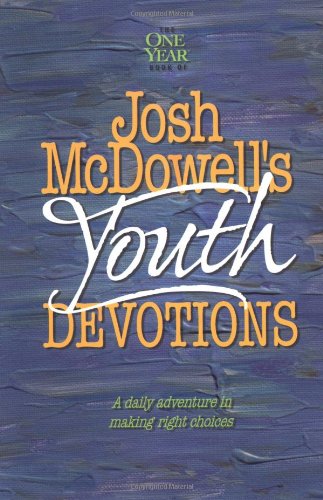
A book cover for The One Year Josh McDowell's Youth Devotions; Bob Hostetler; Christian Books & Bibles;